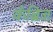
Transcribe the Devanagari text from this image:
कॅंब्रिज